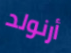
أرنولد